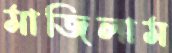
মাজিলাম